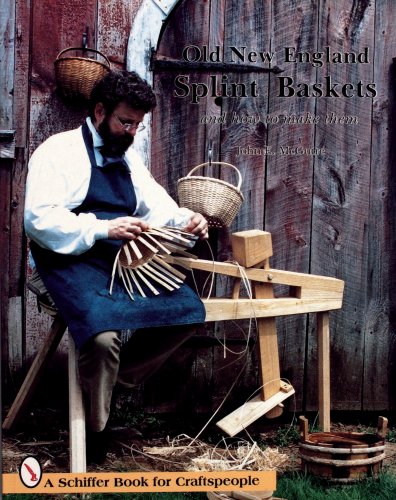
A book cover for Old New England Splint Baskets and How to Make Them; John E. McGuire; Crafts, Hobbies & Home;